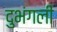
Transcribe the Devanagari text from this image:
दुभंगली